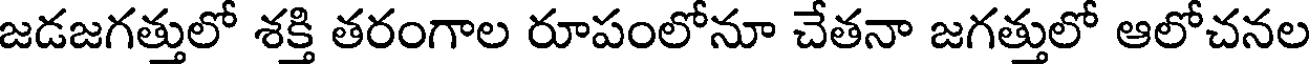
జడజగత్తులో శక్తి తరంగాల రూపంలోనూ చేతనా జగత్తులో ఆలోచనల